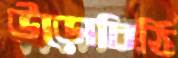
উড়োচিঠি